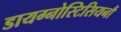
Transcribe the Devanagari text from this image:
डायग्नोस्टिसियनौं